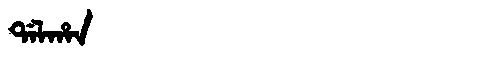
Manchu: ᡩᠠᠯᡥᠠᠨ
Romanization: DALHAN